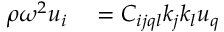
\begin{array} { r l } { \rho \omega ^ { 2 } u _ { i } } & { { } = C _ { i j q l } k _ { j } k _ { l } u _ { q } } \end{array}